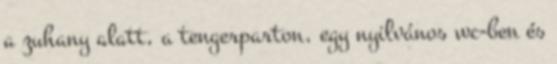
a zuhany alatt, a tengerparton, egy nyilvános wc-ben és